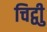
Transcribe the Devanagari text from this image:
चिट्ठीु